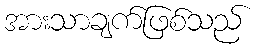
အားသာချက်ဖြစ်သည်